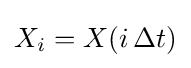
X_{i}=X(i\,\Delta t)